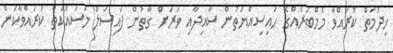
ޚިދުމަތް ކުރައްވާ މެމްބަރެއްގެ ހައިސިއްޔަތުން ސާއިދާއި ވަރަށް ގާތުން ފައިސަލް މަސައްކަތް ކުރައްވާކަން